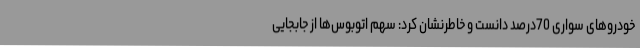
خودروهای سواری 70درصد دانست و خاطرنشان کرد: سهم اتوبوس‌ها از جابجایی